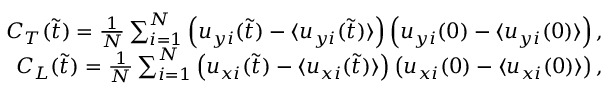
\begin{array} { r } { C _ { T } ( \tilde { t } ) = \frac { 1 } { N } \sum _ { i = 1 } ^ { N } \left( u _ { y i } ( \tilde { t } ) - \langle u _ { y i } ( \tilde { t } ) \rangle \right) \left( u _ { y i } ( 0 ) - \langle u _ { y i } ( 0 ) \rangle \right) , } \\ { C _ { L } ( \tilde { t } ) = \frac { 1 } { N } \sum _ { i = 1 } ^ { N } \left( u _ { x i } ( \tilde { t } ) - \langle u _ { x i } ( \tilde { t } ) \rangle \right) \left( u _ { x i } ( 0 ) - \langle u _ { x i } ( 0 ) \rangle \right) , } \end{array}